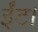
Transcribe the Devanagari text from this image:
ईंट।